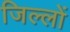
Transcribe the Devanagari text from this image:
जिल्लों